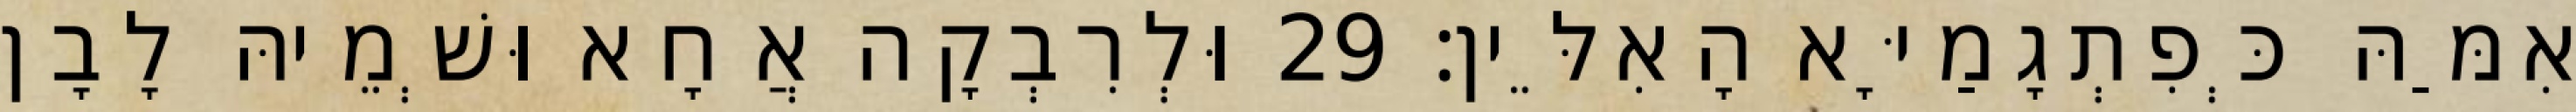
אִמַּהּ כְּפִתְגָמַיָּא הָאִלֵּין׃ 29 וּלְרִבְקָה אֲחָא וּשְׁמֵיהּ לָבָן